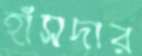
হাঁসদার